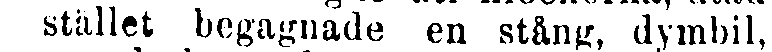
i stället begagnade en stång, dymbil,